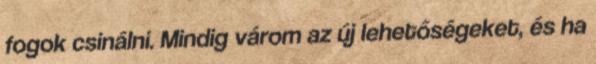
fogok csinálni. Mindig várom az új lehetőségeket, és ha